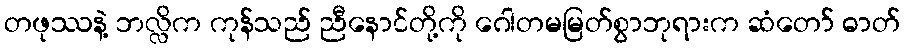
တဖုဿနဲ့ ဘလ္လိက ကုန်သည် ညီနောင်တို့ကို ဂေါတမမြတ်စွာဘုရားက ဆံတော် ဓာတ်